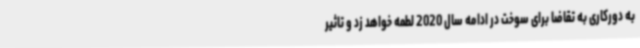
به دورکاری به تقاضا برای سوخت در ادامه سال 2020 لطمه خواهد زد و تاثیر